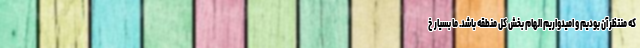
که منتظر آن بودیم و امیدواریم الهام بخش کل منطقه باشد. ما بسیار خ